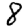
Digit: 8